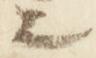
上